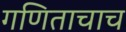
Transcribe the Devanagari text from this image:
गणिताचाच